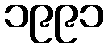
၁၉၉၁